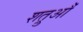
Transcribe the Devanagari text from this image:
शत्रुऔं